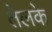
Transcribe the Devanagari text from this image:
तेलके